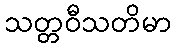
သတ္တဝီသတိမာ